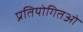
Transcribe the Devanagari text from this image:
प्रतियोगितओं